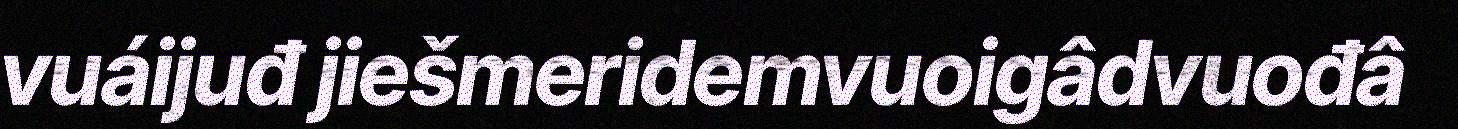
vuáijuđ jiešmeridemvuoigâdvuođâ